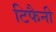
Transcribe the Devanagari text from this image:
टिफैनी